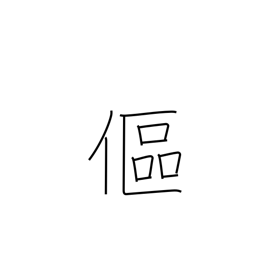
Meaning: bend over